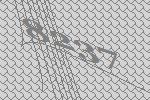
8237